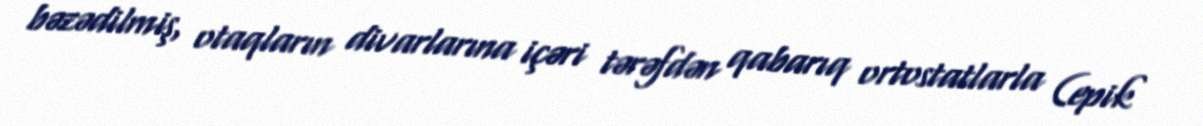
bəzədilmiş, otaqların divarlarına içəri tərəfdən qabarıq ortostatlarla (epik